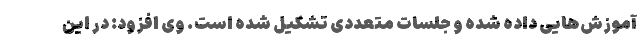
آموزش‌هایی داده شده و جلسات متعددی تشکیل شده است. وی افزود: در این